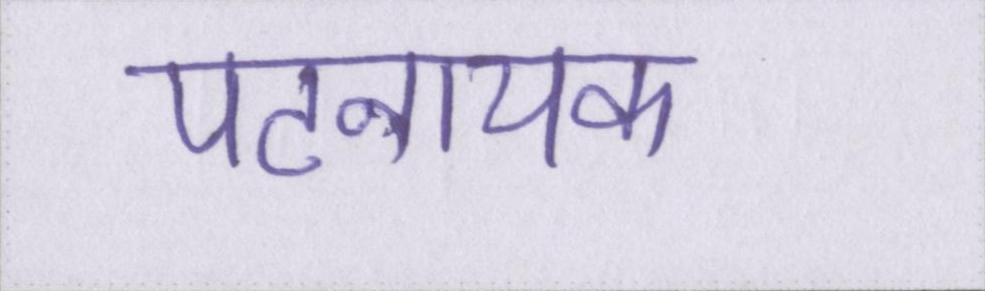
पटनायक